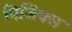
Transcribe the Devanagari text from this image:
पिजिक्स